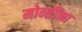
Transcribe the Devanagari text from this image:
मोन्तींना